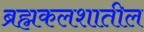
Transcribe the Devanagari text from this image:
ब्रह्मकलशातील